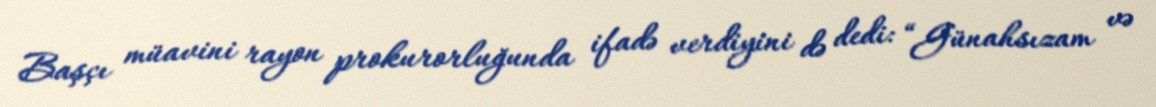
Başçı müavini rayon prokurorluğunda ifadə verdiyini də dedi: “Günahsızam və